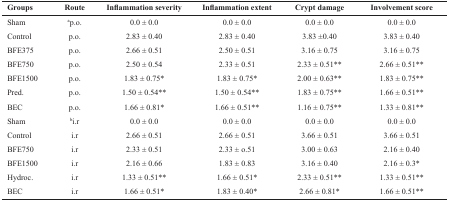
<table><thead><tr><td><b>Groups</b></td><td><b>Route</b></td><td><b>Inflammation severity</b></td><td><b>Inflammation extent</b></td><td><b>Crypt damage</b></td><td><b>Involvement score</b></td></tr></thead><tbody><tr><td>Sham</td><td><sup>a</sup>p.o.</td><td>0.0 ± 0.0</td><td>0.0 ± 0.0</td><td>0.0 ± 0.0</td><td>0.0 ± 0.0</td></tr><tr><td>Control</td><td>p.o.</td><td>2.83 ± 0.40</td><td>2.83 ± 0.40</td><td>3.83 ±0.40</td><td>3.83 ± 0.40</td></tr><tr><td>BFE375</td><td>p.o.</td><td>2.66 ± 0.51</td><td>2.50 ± 0.51</td><td>3.16 ± 0.75</td><td>3.16 ± 0.75</td></tr><tr><td>BFE750</td><td>p.o.</td><td>2.50 ± 0.54</td><td>2.33 ± 0.51</td><td>2.33 ± 0.51**</td><td>2.66 ± 0.51**</td></tr><tr><td>BFE1500</td><td>p.o.</td><td>1.83 ± 0.75*</td><td>1.83 ± 0.75*</td><td>2.00 ± 0.63**</td><td>1.83 ± 0.75**</td></tr><tr><td>Pred.</td><td>p.o.</td><td>1.50 ± 0.54**</td><td>1.50 ± 0.54**</td><td>1.83 ± 0.75**</td><td>1.66 ± 0.51**</td></tr><tr><td>BEC</td><td>p.o.</td><td>1.66 ± 0.81*</td><td>1.66 ± 0.51**</td><td>1.16 ± 0.75**</td><td>1.33 ± 0.81**</td></tr><tr><td>Sham</td><td><sup>b</sup>i.r</td><td>0.0 ± 0.0</td><td>0.0 ± 0.0</td><td>0.0 ± 0.0</td><td>0.0 ± 0.0</td></tr><tr><td>Control</td><td>i.r</td><td>2.66 ± 0.51</td><td>2.66 ± 0.51</td><td>3.66 ± 0.51</td><td>3.66 ± 0.51</td></tr><tr><td>BFE750</td><td>i.r</td><td>2.33 ± 0.51</td><td>2.33 ± o.51</td><td>3.00 ± 0.63</td><td>2.16 ± 0.40</td></tr><tr><td>BFE1500</td><td>i.r</td><td>2.16 ± 0.66</td><td>1.83 ± 0.83</td><td>3.16 ± 0.40</td><td>2.16 ± 0.3*</td></tr><tr><td>Hydroc.</td><td>i.r</td><td>1.33 ± 0.51**</td><td>1.66 ± 0.51*</td><td>2.33 ± 0.51**</td><td>1.33 ± 0.51**</td></tr><tr><td>BEC</td><td>i.r</td><td>1.66 ± 0.51*</td><td>1.83 ± 0.40*</td><td>2.66 ± 0.81*</td><td>1.66 ± 0.51**</td></tr></tbody></table>